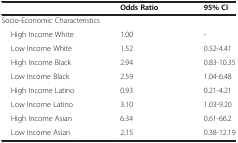
|  | Odds Ratio | 95% CI |
 | --- | --- | --- |
 | <COLSPAN=2> Socio-Economic Characteristics |  |
 | High Income White | 1.00 | - |
 | Low Income White | 1.52 | 0.52-4.41 |
 | High Income Black | 2.94 | 0.83-10.35 |
 | Low Income Black | 2.59 | 1.04-6.48 |
 | High Income Latino | 0.93 | 0.21-4.21 |
 | Low Income Latino | 3.10 | 1.03-9.20 |
 | High Income Asian | 6.34 | 0.61-66.2 |
 | Low Income Asian | 2.15 | 0.38-12.19 |